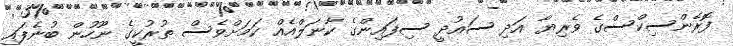
ފޮރެންސިކްސްގެ ވެރިޔާ އަދި ސައުދީ ސިފައިންގެ ކާނަލްއެއް ކަމަށްވެސް ތުރުކީގެ ނޫހުން ބުނެފައި